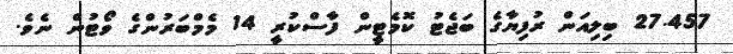
27.457 ބިލިއަން ރުފިޔާގެ ބަޖެޓު ކޮމެޓީން ފާސްކުރީ 14 މެމްބަރުންގެ ވޯޓުން ނެވެ.